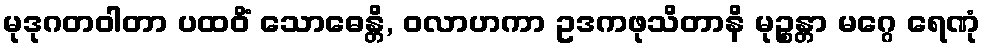
မုဒုဂတဝါတာ ပထဝိံ သောဓေန္တိ, ဝလာဟကာ ဥဒကဖုသိတာနိ မုဉ္စန္တာ မဂ္ဂေ ရေဏုံ